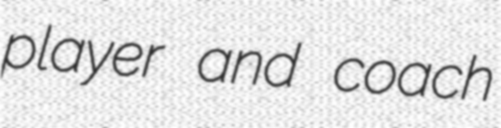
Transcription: player and coach